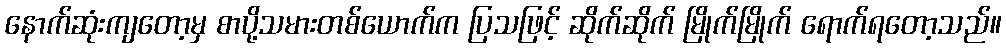
နောက်ဆုံးကျတော့မှ စာပို့သမားတစ်ယောက်က ပြသဖြင့် ဆိုက်ဆိုက် မြိုက်မြိုက် ရောက်ရတော့သည်။